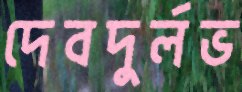
দেবদুর্লভ